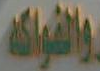
والفواكه